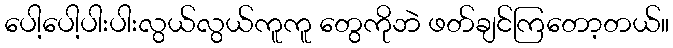
ပေါ့ပေါ့ပါးပါးလွယ်လွယ်ကူကူ တွေကိုဘဲ ဖတ်ချင်ကြတော့တယ်။